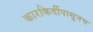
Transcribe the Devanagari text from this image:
कारकिर्दीपासूनच